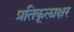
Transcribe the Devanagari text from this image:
प्रतिकूलाक्षर